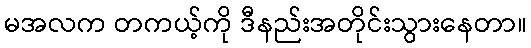
မအလက တကယ့်ကို ဒီနည်းအတိုင်းသွားနေတာ။